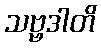
သဗ္ဗဒါတိ